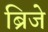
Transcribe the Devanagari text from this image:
ब्रिजे